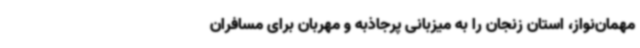
مهمان‌نواز، استان زنجان را به میزبانی پرجاذبه و مهربان برای مسافران